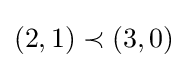
(2,1)\prec (3,0)